Leaving Certificate Examination (including Day School Certificate (Higher) General paper), 1933
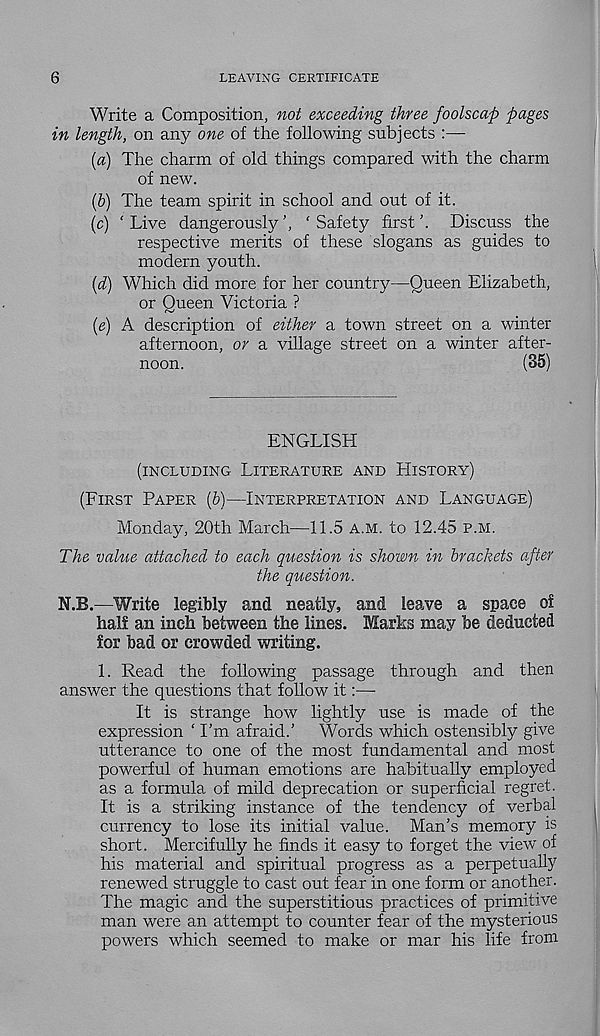
6
LEAVING CERTIFICATE
Write a Composition, not exceeding three foolscap pages
in length, on any one of the following subjects :—
[а) The charm of old things compared with the charm
of new.
(б) The team spirit in school and out of it.
(c) ‘Live dangerously', ‘Safety first'. Discuss the
respective merits of these slogans as guides to
modern youth.
(d) Which did more for her country—Queen Elizabeth,
or Queen Victoria ?
(e) A description of either a town street on a winter
afternoon, or a village street on a winter after-
noon.
(35)
ENGLISH
(INCLUDING LITERATURE AND HISTORY)
(FIRST PAPER (6)—INTERPRETATION AND LANGUAGE)
Monday, 20th March—11.5 A.M. to 12.45 P.M.
The value attached to each question is shown in brackets after
the question.
N.B.—Write legibly and neatly, and leave a space of
half an inch between the lines. Marks may be deducted
for bad or crowded writing.
1. Read the following passage through and then
answer the questions that follow it:—
It is strange how lightly use is made of the
expression ‘ I’m afraid.’ Words which ostensibly give
utterance to one of the most fundamental and most
powerful of human emotions are habitually employed
as a formula of mild deprecation or superficial regret.
It is a striking instance of the tendency of verbal
currency to lose its initial value. Man’s memory is
short. Mercifully he finds it easy to forget the view of
his material and spiritual progress as a perpetually
renewed struggle to cast out fear in one form or another.
The magic and the superstitious practices of primitive
man were an attempt to counter fear of the mysterious
powers which seemed to make or mar his life from